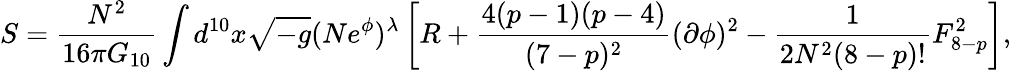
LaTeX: S=\frac{N^{2}}{16\pi G_{10}}\int d^{10}x\sqrt{-g}(Ne^{\phi})^{\lambda}\left[R+\frac{4(p-1)(p-4)}{(7-p)^{2}}(\partial\phi)^{2}-\frac{1}{2N^{2}(8-p)!}F_{8-p}^{2}\right],